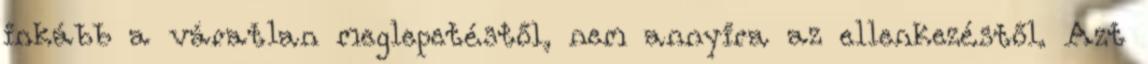
inkább a váratlan meglepetéstől, nem annyira az ellenkezéstől. Azt